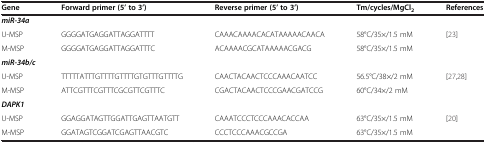
<table><thead><tr><td><b>Gene</b></td><td><b>Forward primer (5’ to 3’)</b></td><td><b>Reverse primer (5’ to 3’)</b></td><td><b>Tm/cycles/MgCl<sub>2</sub></b></td><td><b>References</b></td></tr></thead><tbody><tr><td><b><i>miR-34a</i></b></td><td> </td><td> </td><td> </td><td> </td></tr><tr><td>U-MSP</td><td>GGGGATGAGGATTAGGATTTT</td><td>CAAACAAAACACATAAAAACAACA</td><td>58°C/35×/1.5 mM</td><td>[23]</td></tr><tr><td>M-MSP</td><td>GGGGATGAGGATTAGGATTTC</td><td>ACAAAACGCATAAAAACGACG</td><td>58°C/35×/1.5 mM</td><td> </td></tr><tr><td colspan="3"><b><i>miR-34b/c</i></b></td><td> </td><td> </td></tr><tr><td>U-MSP</td><td>TTTTTATTTGTTTTGTTTTGTGTTTGTTTTG</td><td>CAACTACAACTCCCAAACAATCC</td><td>56.5°C/38×/2 mM</td><td>[27,28]</td></tr><tr><td>M-MSP</td><td>ATTCGTTTCGTTTCGCGTTCGTTTC</td><td>CGACTACAACTCCCGAACGATCCG</td><td>60°C/34×/2 mM</td><td> </td></tr><tr><td><b><i>DAPK1</i></b></td><td> </td><td> </td><td> </td><td> </td></tr><tr><td>U-MSP</td><td>GGAGGATAGTTGGATTGAGTTAATGTT</td><td>CAAATCCCTCCCAAACACCAA</td><td>63°C/35×/1.5 mM</td><td>[20]</td></tr><tr><td>M-MSP</td><td>GGATAGTCGGATCGAGTTAACGTC</td><td>CCCTCCCAAACGCCGA</td><td>63°C/35×/1.5 mM</td><td> </td></tr></tbody></table>